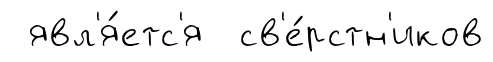
явл'я́етс'я св'е́рстн'иков